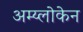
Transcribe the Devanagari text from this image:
अम्य्लोकेन